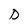
Character: D